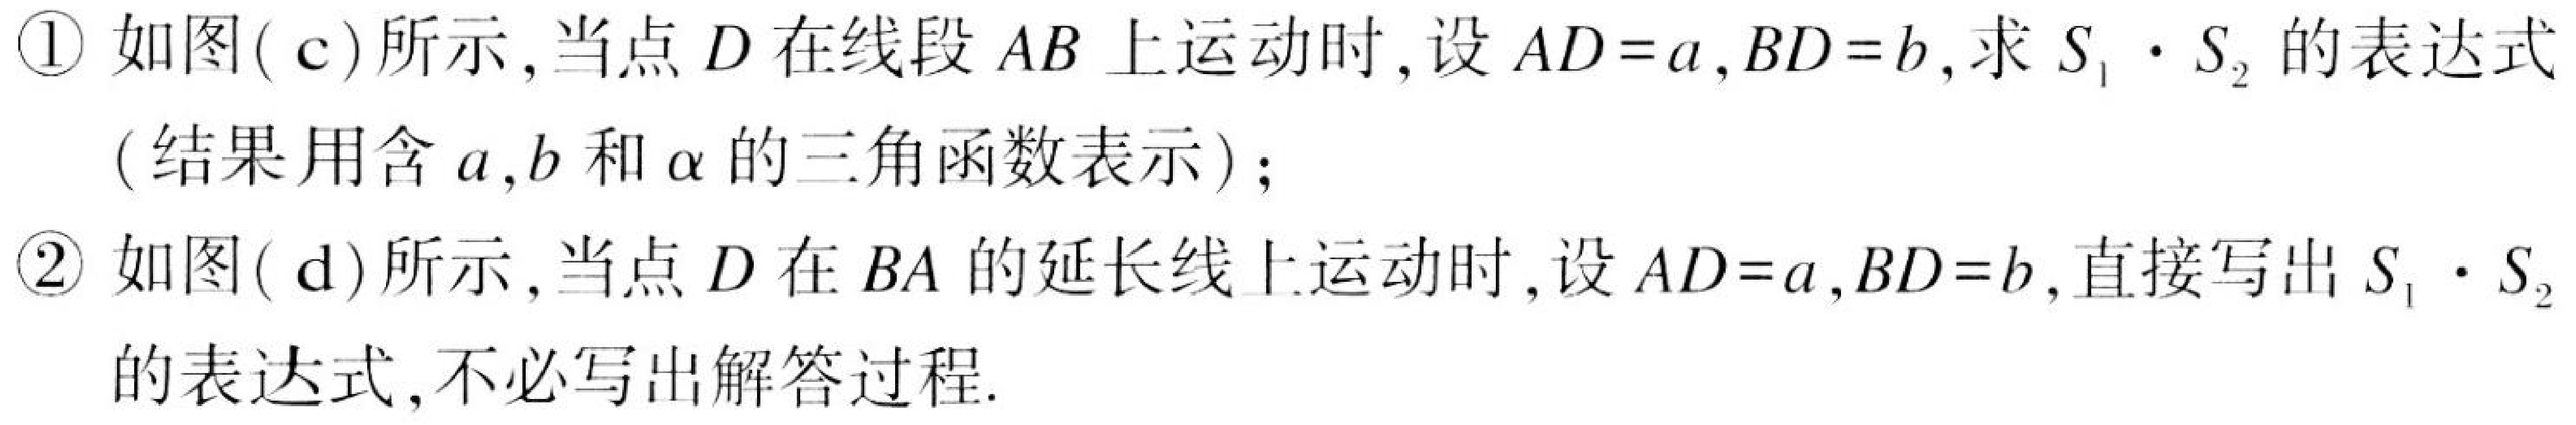
\textcircled{1} 如图( c)所示, 当点 \(D\) 在线段 \(AB\) 上运动时, 设 \(AD = a, BD = b\), 求 \(S_{1}\cdot S_{2}\) 的表达式
(结果用含 \(a,b\) 和 \(\alpha\) 的三角函数表示);
\textcircled{2} 如图( d)所示, 当点 \(D\) 在 \(BA\) 的延长线上运动时, 设 \(AD = a, BD = b\), 直接写出 \(S_{1}\cdot S_{2}\)
的表达式, 不必写出解答过程.